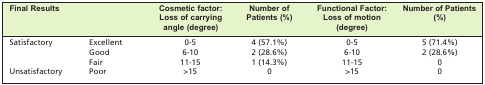
<table><thead><tr><td><b>Final Results</b></td><td><b> </b></td><td><b>Cosmetic factor: Loss of carrying angle (degree)</b></td><td><b>Number of Patients (%)</b></td><td><b>Functional Factor: Loss of motion (degree)</b></td><td><b>Number of Patients (%)</b></td></tr></thead><tbody><tr><td>Satisfactory</td><td>Excellent</td><td>0-5</td><td>4 (57.1%)</td><td>0-5</td><td>5 (71.4%)</td></tr><tr><td> </td><td>Good</td><td>6-10</td><td>2 (28.6%)</td><td>6-10</td><td>2 (28.6%)</td></tr><tr><td> </td><td>Fair</td><td>11-15</td><td>1 (14.3%)</td><td>11-15</td><td>0</td></tr><tr><td>Unsatisfactory</td><td>Poor</td><td>&gt;15</td><td>0</td><td>&gt;15</td><td>0</td></tr></tbody></table>